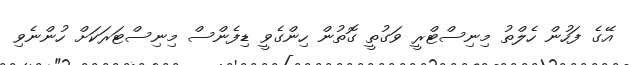
އޭގެ ފަހުން ހެލްތު މިނިސްޓްރީ ވަގުތީ ގޮތުން ހިންގެވީ ޑިފެންސް މިނިސްޓަރަކަށް ހުންނެވި